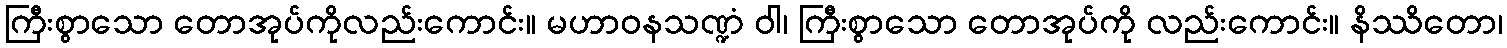
ကြီးစွာသော တောအုပ်ကိုလည်းကောင်း။ မဟာဝနသဏ္ဍံ ဝါ၊ ကြီးစွာသော တောအုပ်ကို လည်းကောင်း။ နိဿိတော၊